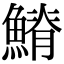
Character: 𩺀